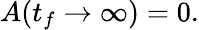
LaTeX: A(t_{f}\to\infty)=0.